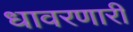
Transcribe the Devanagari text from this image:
धावरणारी